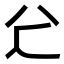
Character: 𠔇